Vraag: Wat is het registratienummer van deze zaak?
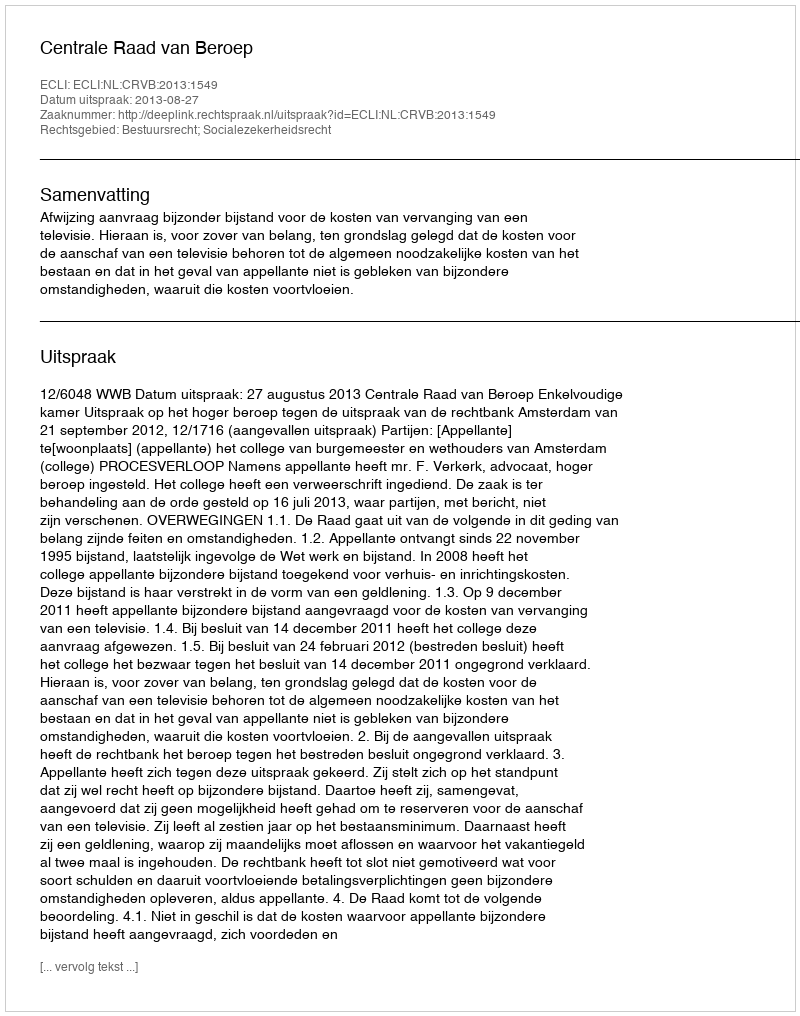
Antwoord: http://deeplink.rechtspraak.nl/uitspraak?id=ECLI:NL:CRVB:2013:1549